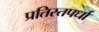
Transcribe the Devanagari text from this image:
प्रतिस्तपर्धा